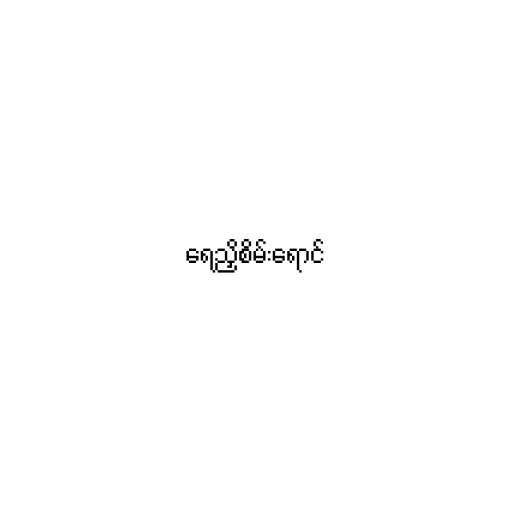
ရေညှိစိမ်းရောင်